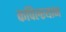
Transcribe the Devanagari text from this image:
कपिल्स्थान